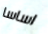
اساسا